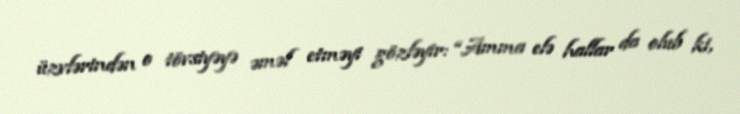
üzvlərindən o tövsiyəyə əməl etməyi gözləyir: “Amma elə hallar da olub ki,